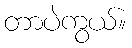
တာပဲကွယ်။